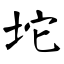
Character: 坨